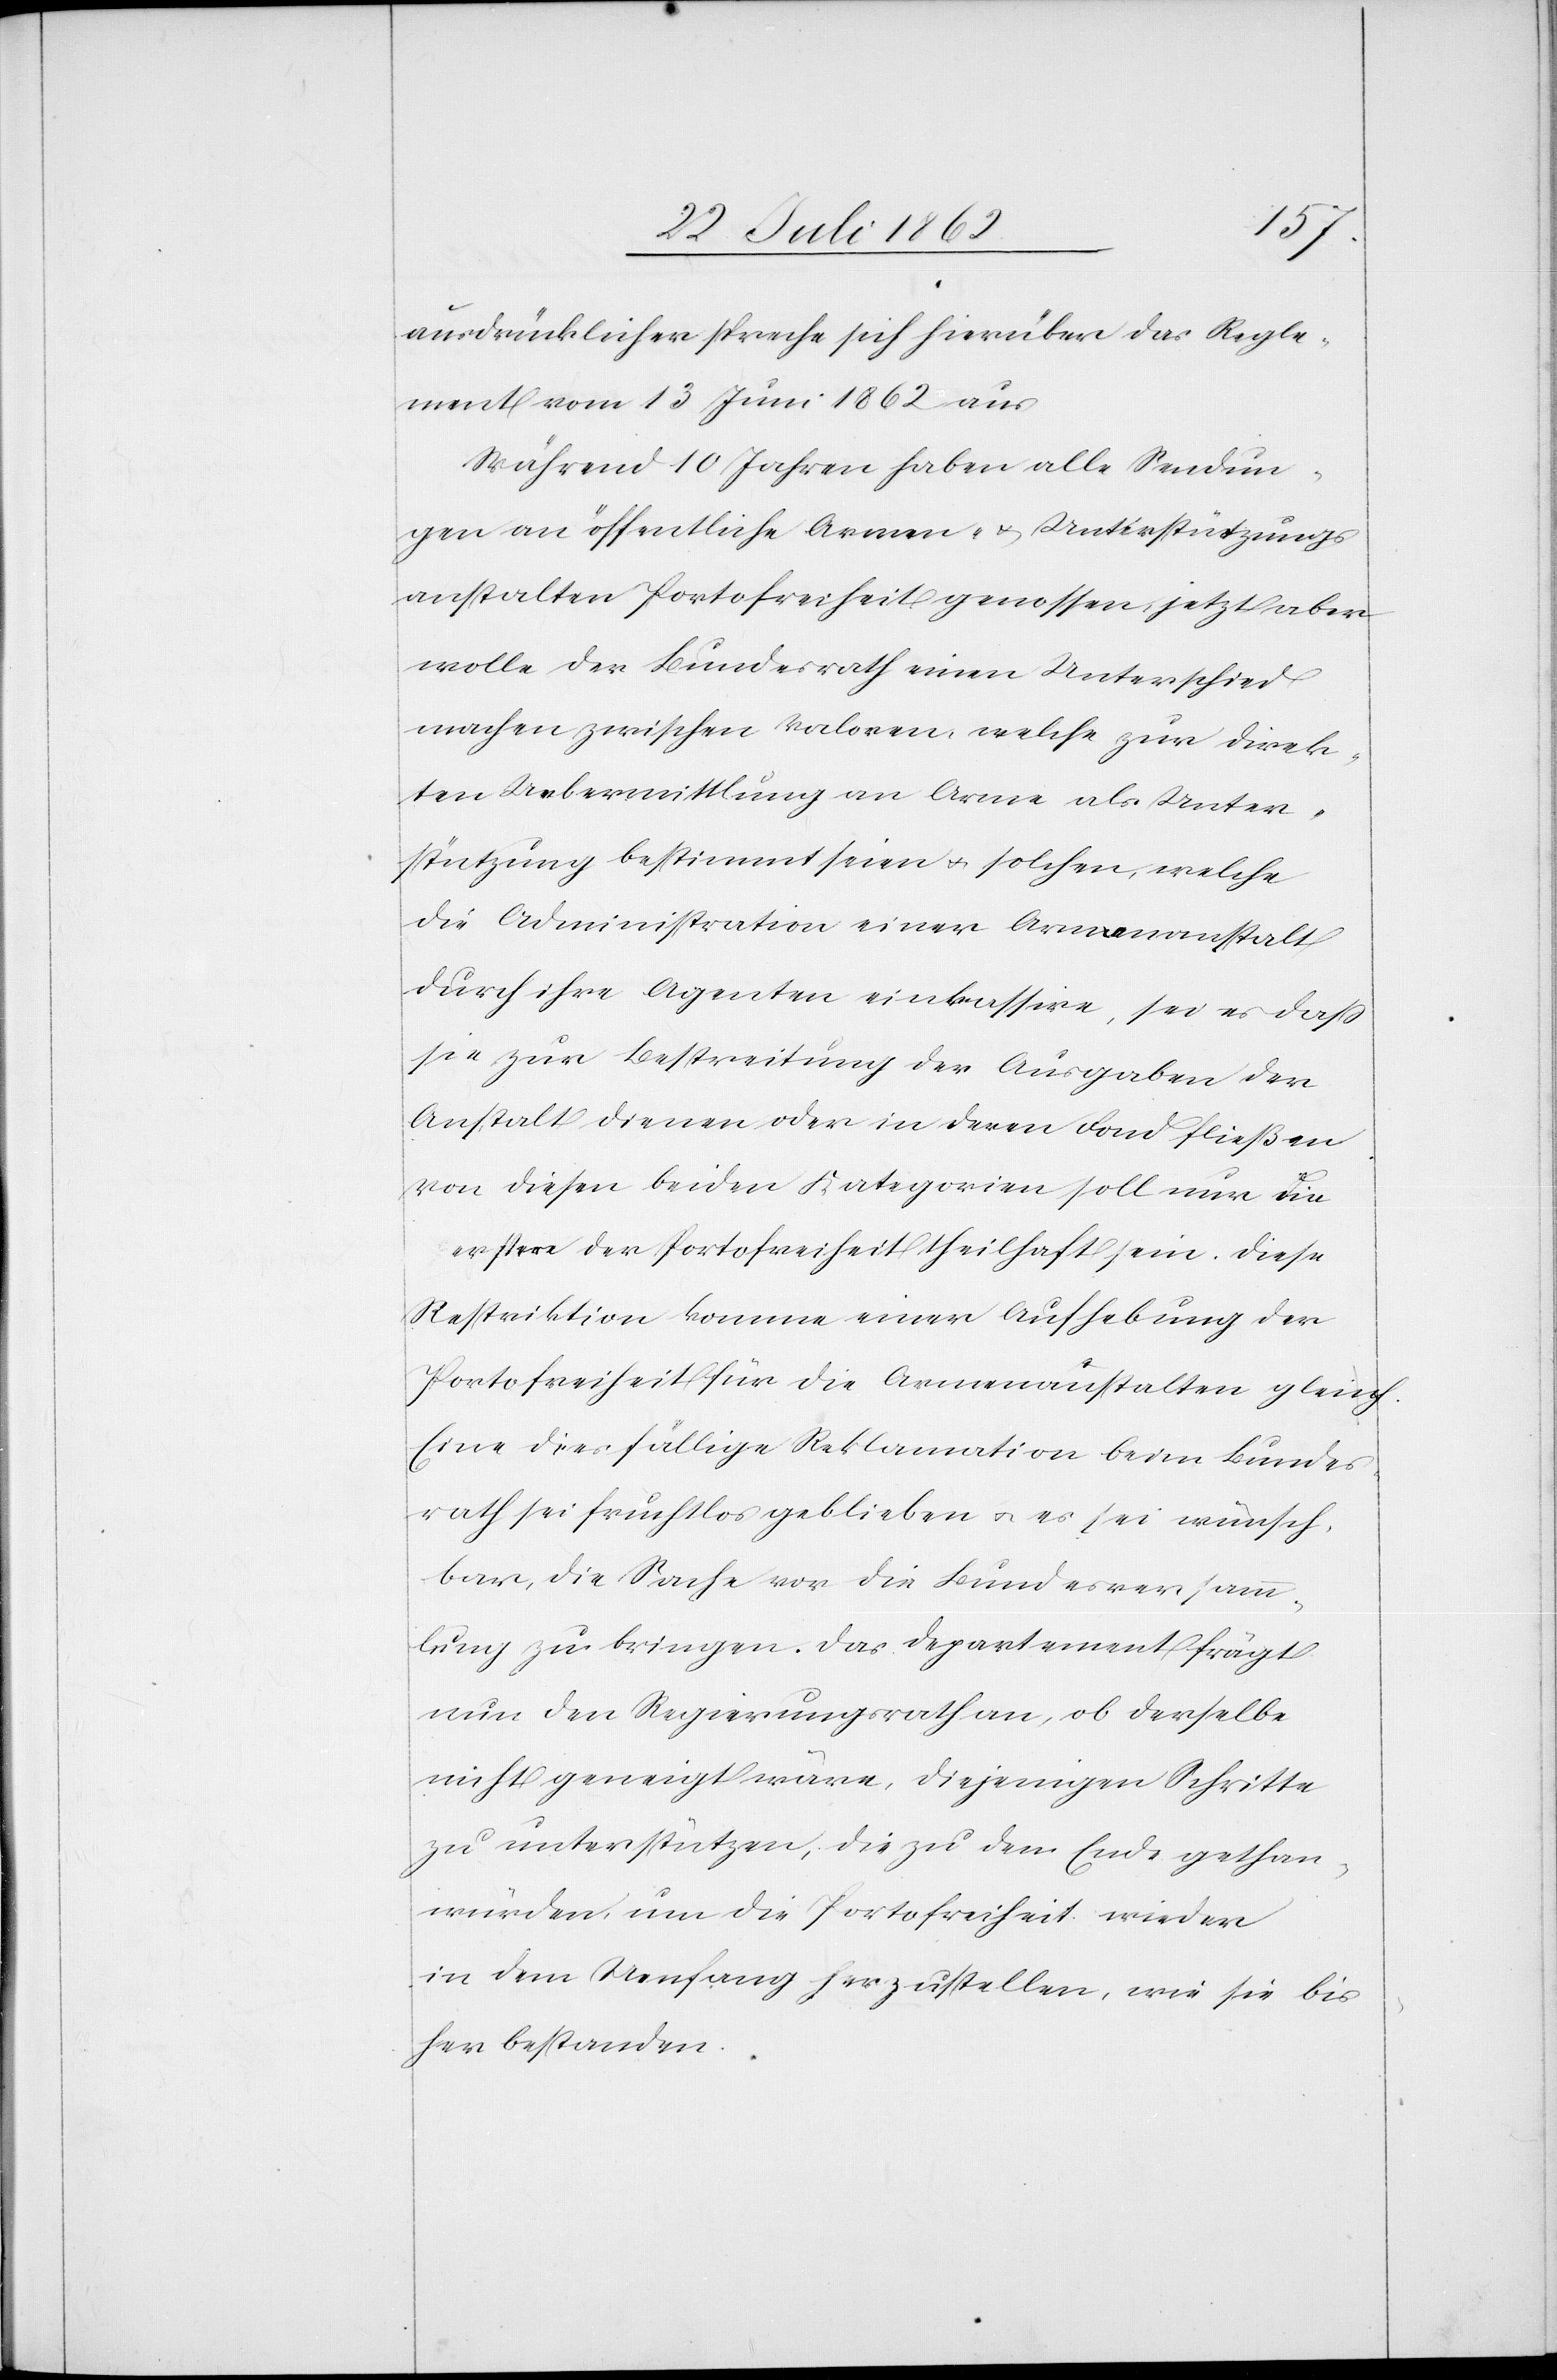
ausdrücklicher spreche sich hierüber das Regle¬
ment vom 13. Juni 1862 aus.
Während 10 Jahren haben alle Sendun¬
gen an öffentliche Armen- u. Unterstützungs¬
anstalten Portofreiheit genossen, jetzt aber
wolle der Bundesrath einen Unterschied
machen zwischen Valoren, welche zur direk¬
ten Uebermittlung an Arme als Unter¬
stützung bestimmt seien u. solche, welche
die Administration einer Armenanstalt
durch ihre Agenten einkassire, sei es daß
sie zur Bestreitung der Ausgaben der
Anstalt dienen oder in deren Fond fließen.
Von diesen beiden Kategorien soll nur die
erstere der Portofreiheit theilhaft sein. Diese
Restriktion komme einer Aufhebung der
Portofreiheit für die Armenanstalten gleich.
Eine diesfällige Reklamation beim Bundes¬
rath sei fruchtlos geblieben u. es sei wünsch¬
bar, die Sache vor die Bundesversamm¬
lung zu bringen. Das Departement frägt
nun den Regierungsrath an, ob derselbe
nicht geneigt wäre, diejenigen Schritte
zu unterstützen, die zu dem Ende gethan
würden, um die Portofreiheit wieder
in dem Umfang herzustellen, wie sie bis¬
her bestanden.